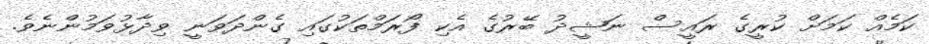
ކަމެއް ކަމަށް ކުރީގެ ރައީސް ނަޝީދު ބޭރުގެ އެކި ފޯރަމްތަކުގައި ގެންދަވަނީ ވިދާޅުވަމުންނެވެ.